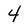
Character: 4